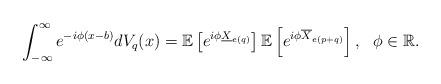
LaTeX: \begin{align*}\int_{-\infty}^{\infty}e^{-i \phi(x-b)}dV_q(x)=\mathbb E\left[e^{i \phi \underline{X}_{e(q)}}\right]\mathbb E\left[e^{i \phi\overline{X}_{e(p+q)}}\right], \ \ \phi \in \mathbb R.\end{align*}